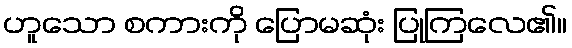
ဟူသော စကားကို ပြောမဆုံး ပြုကြလေ၏။